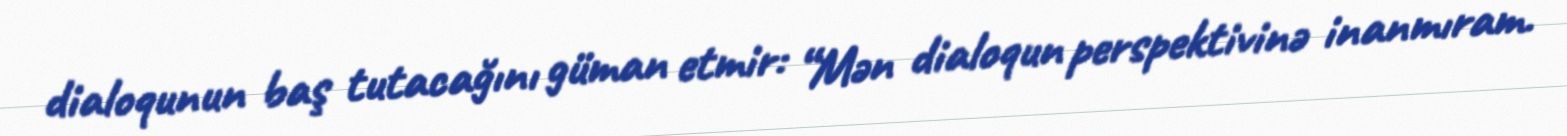
dialoqunun baş tutacağını güman etmir: “Mən dialoqun perspektivinə inanmıram.